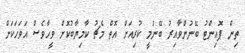
ތިން ޕޮއިންޓު ބޭނުންވާއިރު ބޭނުމީ ކުރިއަށް އޮތް މެޗު ކާމިޔާބުކޮށް ވީހާވެސް އަވަހަކަށް